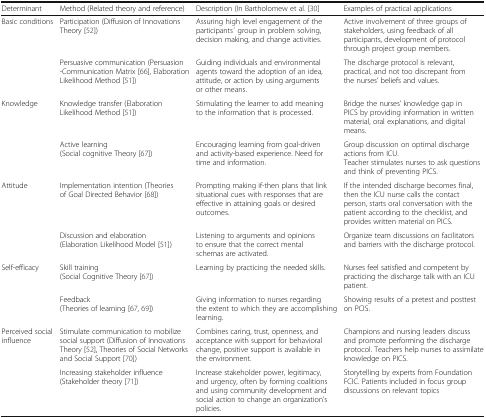
<table><thead><tr><td><b>Determinant</b></td><td><b>Method (Related theory and reference)</b></td><td><b>Description (In Bartholomew et al. [30]</b></td><td><b>Examples of practical applications</b></td></tr></thead><tbody><tr><td>Basic conditions</td><td>Participation (Diffusion of Innovations Theory [52])</td><td>Assuring high level engagement of the participants ́ group in problem solving, decision making, and change activities.</td><td>Active involvement of three groups of stakeholders, using feedback of all participants, development of protocol through project group members.</td></tr><tr><td></td><td>Persuasive communication (Persuasion -Communication Matrix [66], Elaboration Likelihood Method [51])</td><td>Guiding individuals and environmental agents toward the adoption of an idea, attitude, or action by using arguments or other means.</td><td>The discharge protocol is relevant, practical, and not too discrepant from the nurses’ beliefs and values.</td></tr><tr><td>Knowledge</td><td>Knowledge transfer (Elaboration Likelihood Method [51])</td><td>Stimulating the learner to add meaning to the information that is processed.</td><td>Bridge the nurses’ knowledge gap in PICS by providing information in written material, oral explanations, and digital means.</td></tr><tr><td></td><td>Active learning(Social cognitive Theory [67])</td><td>Encouraging learning from goal-driven and activity-based experience. Need for time and information.</td><td>Group discussion on optimal discharge actions from ICU.Teacher stimulates nurses to ask questions and think of preventing PICS.</td></tr><tr><td>Attitude</td><td>Implementation intention (Theories of Goal Directed Behavior [68])</td><td>Prompting making if-then plans that link situational cues with responses that are effective in attaining goals or desired outcomes.</td><td>If the intended discharge becomes final, then the ICU nurse calls the contact person, starts oral conversation with the patient according to the checklist, and provides written material on PICS.</td></tr><tr><td></td><td>Discussion and elaboration (Elaboration Likelihood Model [51])</td><td>Listening to arguments and opinions to ensure that the correct mental schemas are activated.</td><td>Organize team discussions on facilitators and barriers with the discharge protocol.</td></tr><tr><td>Self-efficacy</td><td>Skill training(Social Cognitive Theory [67])</td><td>Learning by practicing the needed skills.</td><td>Nurses feel satisfied and competent by practicing the discharge talk with an ICU patient.</td></tr><tr><td></td><td>Feedback(Theories of learning [67, 69])</td><td>Giving information to nurses regarding the extent to which they are accomplishing learning.</td><td>Showing results of a pretest and posttest on PCIS.</td></tr><tr><td>Perceived social influence</td><td>Stimulate communication to mobilize social support (Diffusion of Innovations Theory [52], Theories of Social Networks and Social Support [70])</td><td>Combines caring, trust, openness, and acceptance with support for behavioral change, positive support is available in the environment.</td><td>Champions and nursing leaders discuss and promote performing the discharge protocol. Teachers help nurses to assimilate knowledge on PICS.</td></tr><tr><td></td><td>Increasing stakeholder influence (Stakeholder theory [71])</td><td>Increase stakeholder power, legitimacy, and urgency, often by forming coalitions and using community development and social action to change an organization’s policies.</td><td>Storytelling by experts from Foundation FCIC. Patients included in focus group discussions on relevant topics</td></tr></tbody></table>